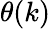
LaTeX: \theta(k)